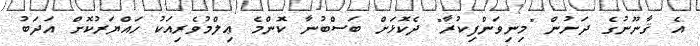
އެ ޤާނޫނުގެ ދަށުން "މިނިވަންފިކުރާ" ދެކޮޅަށް ބަސްބުނާ ކޮންމެ ޢިލްމުވެރިއަކު ހައްޔަރުކޮށް އަދަބު